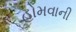
હોમવાની